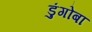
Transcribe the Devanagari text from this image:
डुंगोबा